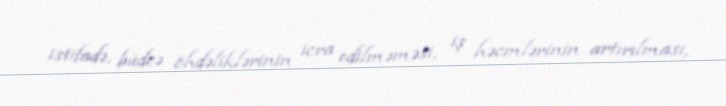
istifadə, büdcə öhdəliklərinin icra edilməməsi, iş həcmlərinin artırılması,